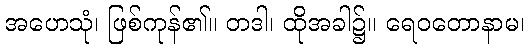
အဟေသုံ၊ ဖြစ်ကုန်၏။ တဒါ၊ ထိုအခါ၌။ ရေဝတောနာမ၊